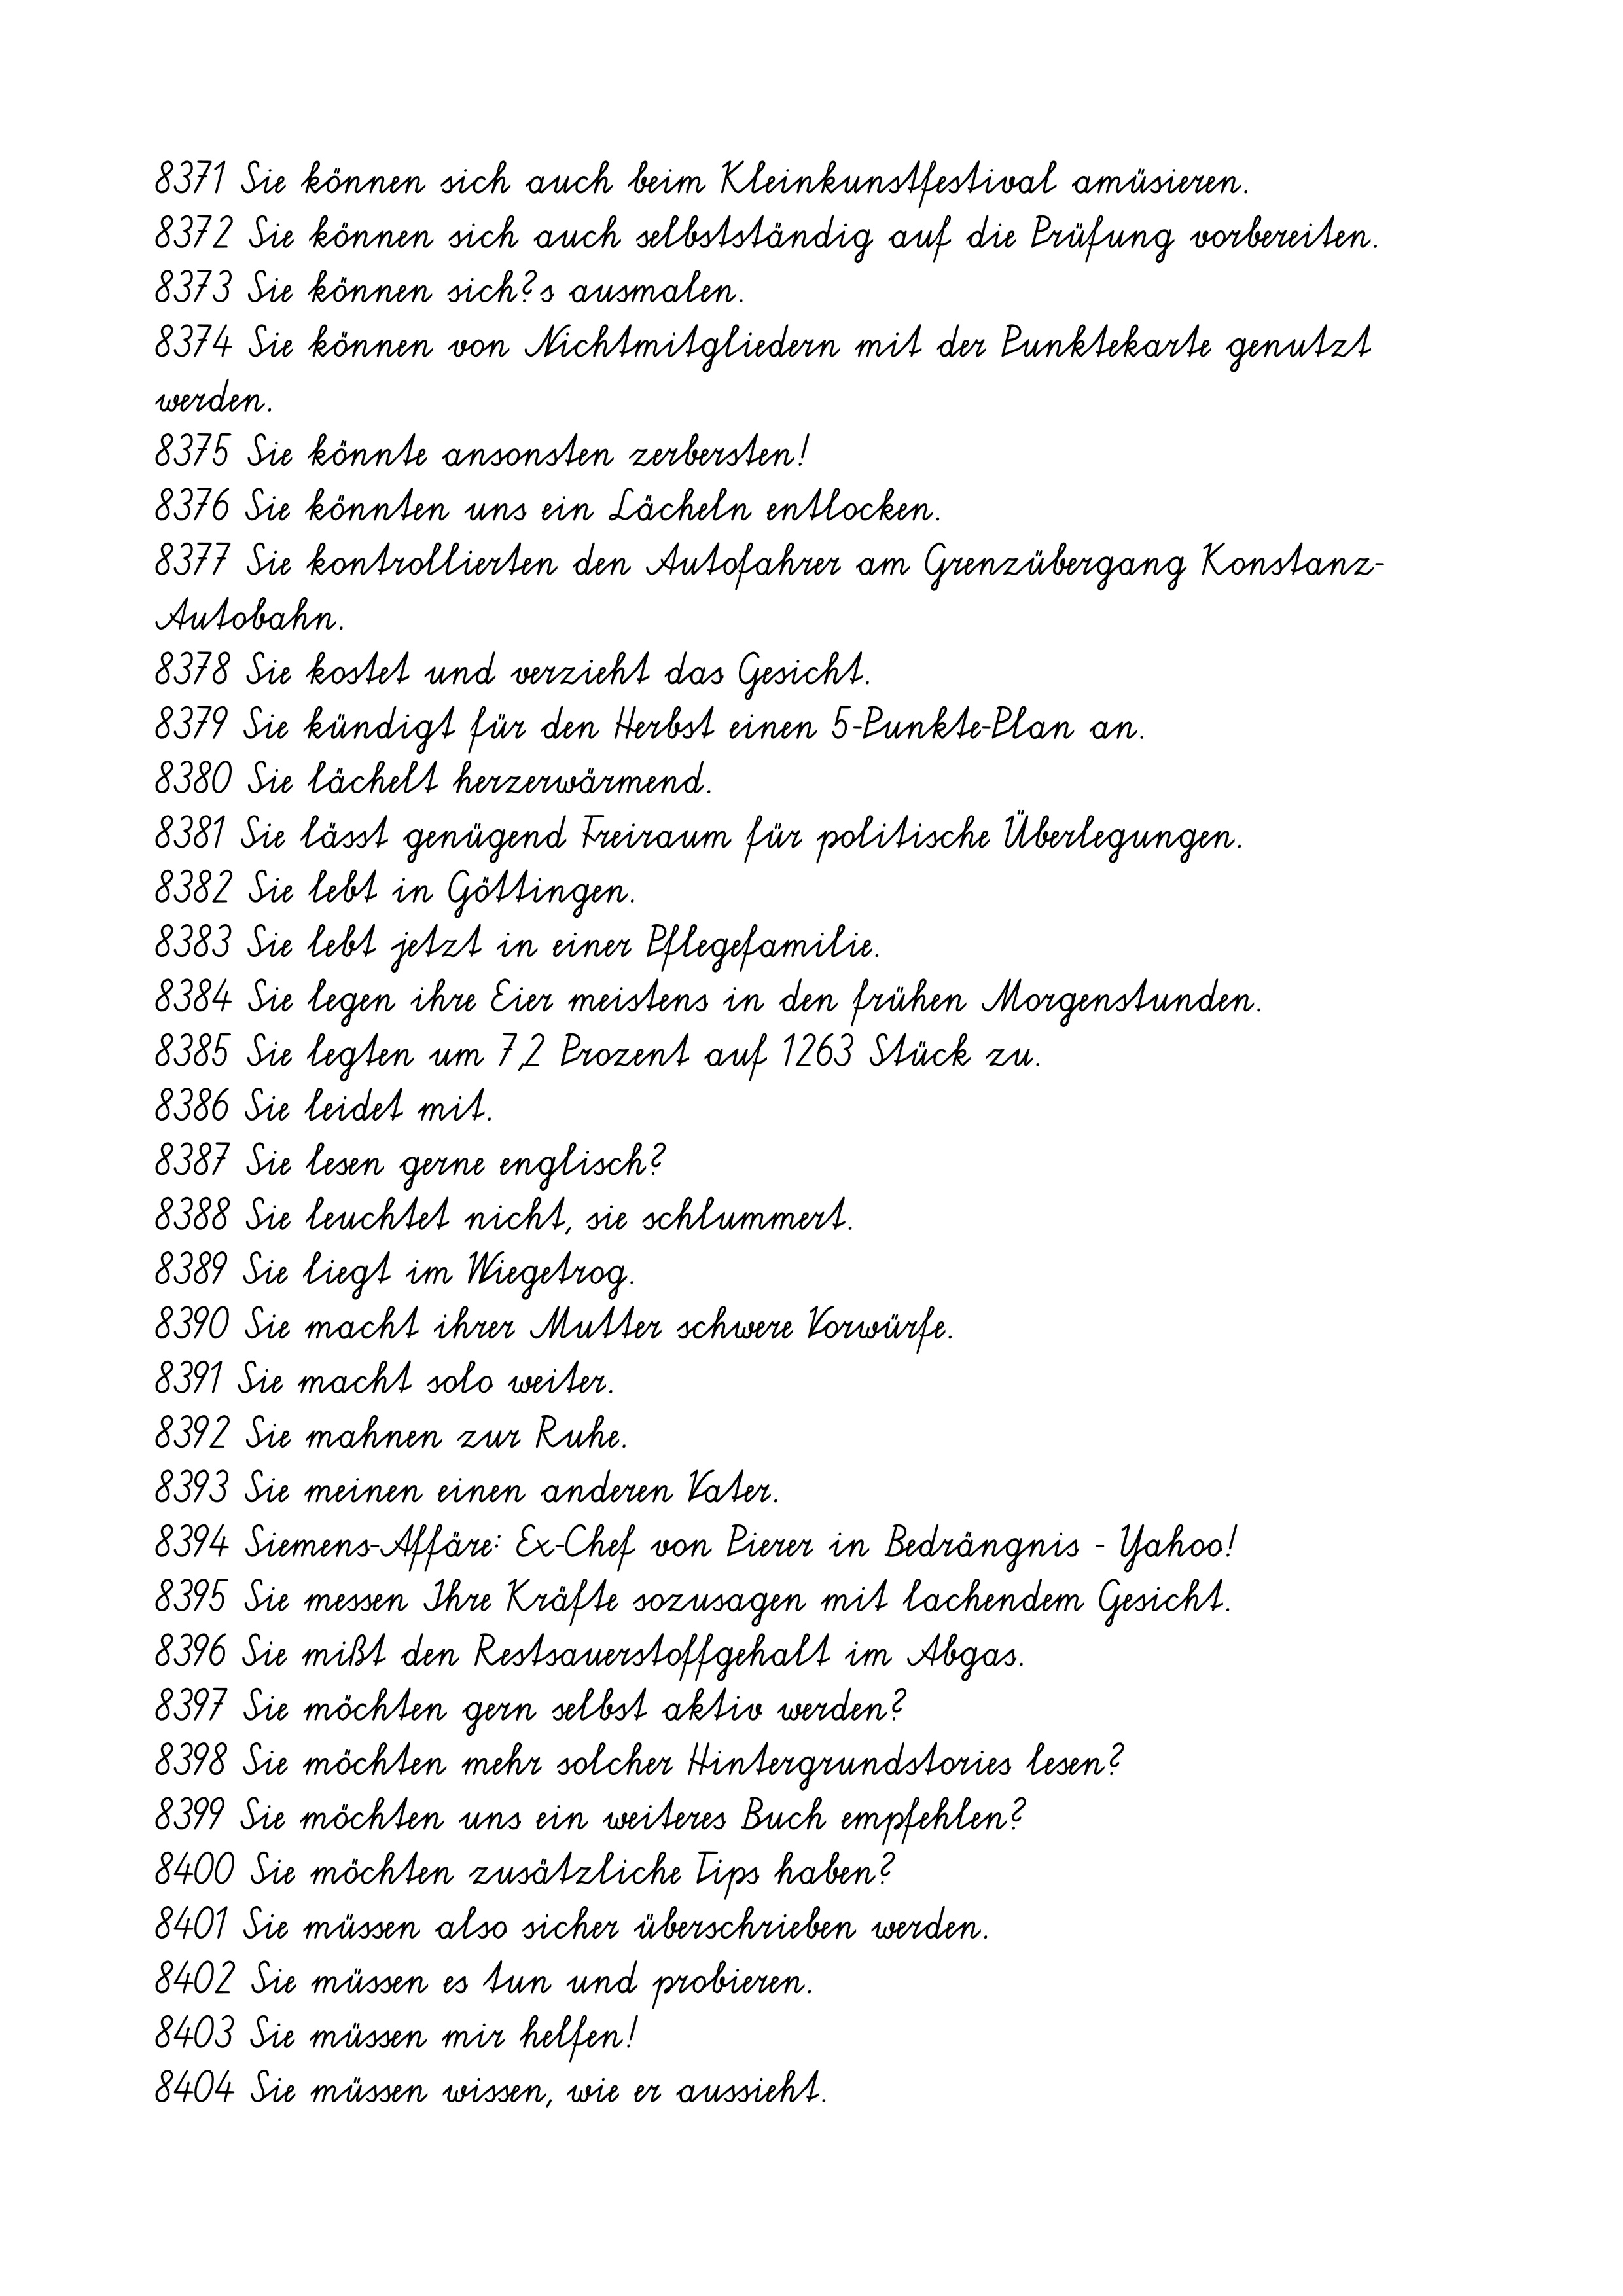
8371 Sie können sich auch beim Kleinkunstfestival amüsieren.
8372 Sie können sich auch selbstständig auf die Prüfung vorbereiten.
8373 Sie können sich?s ausmalen.
8374 Sie können von Nichtmitgliedern mit der Punktekarte genutzt
werden.
8375 Sie könnte ansonsten zerbersten!
8376 Sie könnten uns ein Lächeln entlocken.
8377 Sie kontrollierten den Autofahrer am Grenzübergang Konstanz-
Autobahn.
8378 Sie kostet und verzieht das Gesicht.
8379 Sie kündigt für den Herbst einen 5-Punkte-Plan an.
8380 Sie lächelt herzerwärmend.
8381 Sie lässt genügend Freiraum für politische Überlegungen.
8382 Sie lebt in Göttingen.
8383 Sie lebt jetzt in einer Pflegefamilie.
8384 Sie legen ihre Eier meistens in den frühen Morgenstunden.
8385 Sie legten um 7,2 Prozent auf 1263 Stück zu.
8386 Sie leidet mit.
8387 Sie lesen gerne englisch?
8388 Sie leuchtet nicht, sie schlummert.
8389 Sie liegt im Wiegetrog.
8390 Sie macht ihrer Mutter schwere Vorwürfe.
8391 Sie macht solo weiter.
8392 Sie mahnen zur Ruhe.
8393 Sie meinen einen anderen Vater.
8394 Siemens-Affäre: Ex-Chef von Pierer in Bedrängnis - Yahoo!
8395 Sie messen Ihre Kräfte sozusagen mit lachendem Gesicht.
8396 Sie mißt den Restsauerstoffgehalt im Abgas.
8397 Sie möchten gern selbst aktiv werden?
8398 Sie möchten mehr solcher Hintergrundstories lesen?
8399 Sie möchten uns ein weiteres Buch empfehlen?
8400 Sie möchten zusätzliche Tips haben?
8401 Sie müssen also sicher überschrieben werden.
8402 Sie müssen es tun und probieren.
8403 Sie müssen mir helfen!
8404 Sie müssen wissen, wie er aussieht.